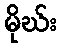
မိုဃ်း